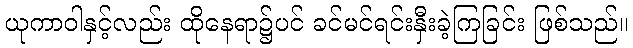
ယုကာဝါနှင့်လည်း ထိုနေရာ၌ပင် ခင်မင်ရင်းနှီးခဲ့ကြခြင်း ဖြစ်သည်။